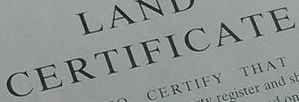
CERTIFICATE